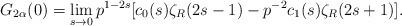
LaTeX: \begin{align*}G_{2\alpha}(0)=\lim_{s\to 0}p^{1-2s}[c_0(s)\zeta_R(2s-1)-p^{-2}c_1(s)\zeta_R(2s+1)]{.}\end{align*}